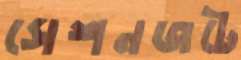
সেশনজটে